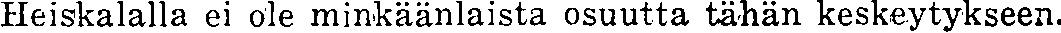
Heiskalalla ei ole minkäänlaista osuutta tähän keskeytykseen.